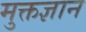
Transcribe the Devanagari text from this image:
मुक्तज्ञान